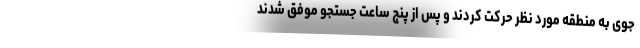
جوی به منطقه مورد نظر حرکت کردند و پس از پنج ساعت جستجو موفق شدند